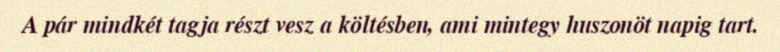
A pár mindkét tagja részt vesz a költésben, ami mintegy huszonöt napig tart.